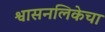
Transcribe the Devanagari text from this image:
श्वासनलिकेचा